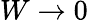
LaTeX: W\rightarrow 0